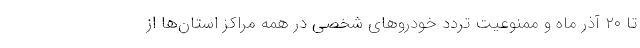
تا ۲۰ آذر ماه و ممنوعیت تردد خودروهای شخصی در همه مراکز استان‌ها از